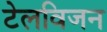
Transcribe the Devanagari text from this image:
टेलविजन